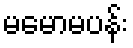
မမောမပန်း